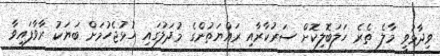
ވިދާޅުވީ މާލެ ތެރެ ހަލަބޮލިކޮށް ސަރުކާރާއި ރައްޔަތުންގެ މުދަލުގައި ހުޅުޖެހުމަށް ބަޔަކު ރާވާފައިވާ